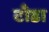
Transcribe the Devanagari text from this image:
टाँडा